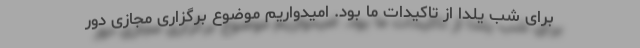
برای شب یلدا از تاکیدات ما بود. امیدواریم موضوع برگزاری مجازی دور